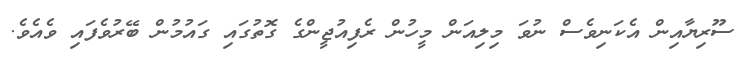
ސޫރިޔާއިން އެކަނިވެސް ނުވަ މިލިއަން މީހުން ރެފިއުޖީންގެ ގޮތުގައި ގައުމުން ބޭރުވެފައި ވެއެވެ.